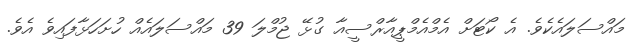
މައްސަލައެކެވެ. އެ ކޯޓަށް އެމްއެމްޕީއާރްސީއާ ގުޅޭ ޖުމްލަ 39 މައްސަލައެއް ހުށަހަޅާފައިވެ އެވެ.